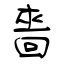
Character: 嗇